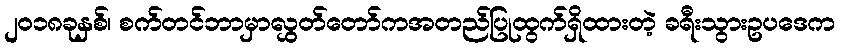
၂၀၁၈ခုနှစ်၊ စက်တင်ဘာမှာလွှတ်တော်ကအတည်ပြုထွက်ရှိထားတဲ့ ခရီးသွားဥပဒေက